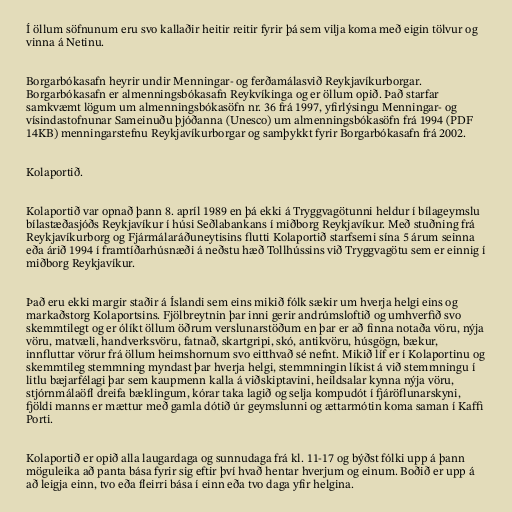
Í öllum söfnunum eru svo kallaðir heitir reitir fyrir þá sem vilja koma með eigin tölvur og
vinna á Netinu.

Borgarbókasafn heyrir undir Menningar- og ferðamálasvið Reykjavíkurborgar.
Borgarbókasafn er almenningsbókasafn Reykvíkinga og er öllum opið. Það starfar
samkvæmt lögum um almenningsbókasöfn nr. 36 frá 1997, yfirlýsingu Menningar- og
vísindastofnunar Sameinuðu þjóðanna (Unesco) um almenningsbókasöfn frá 1994 (PDF
14KB) menningarstefnu Reykjavíkurborgar og samþykkt fyrir Borgarbókasafn frá 2002.

Kolaportið.

Kolaportið var opnað þann 8. apríl 1989 en þá ekki á Tryggvagötunni heldur í bílageymslu
bílastæðasjóðs Reykjavíkur í húsi Seðlabankans í miðborg Reykjavíkur. Með stuðning frá
Reykjavíkurborg og Fjármálaráðuneytisins flutti Kolaportið starfsemi sína 5 árum seinna
eða árið 1994 í framtíðarhúsnæði á neðstu hæð Tollhússins við Tryggvagötu sem er einnig í
miðborg Reykjavíkur.

Það eru ekki margir staðir á Íslandi sem eins mikið fólk sækir um hverja helgi eins og
markaðstorg Kolaportsins. Fjölbreytnin þar inni gerir andrúmsloftið og umhverfið svo
skemmtilegt og er ólíkt öllum öðrum verslunarstöðum en þar er að finna notaða vöru, nýja
vöru, matvæli, handverksvöru, fatnað, skartgripi, skó, antikvöru, húsgögn, bækur,
innfluttar vörur frá öllum heimshornum svo eitthvað sé nefnt. Mikið líf er í Kolaportinu og
skemmtileg stemmning myndast þar hverja helgi, stemmningin líkist á við stemmningu í
litlu bæjarfélagi þar sem kaupmenn kalla á viðskiptavini, heildsalar kynna nýja vöru,
stjórnmálaöfl dreifa bæklingum, kórar taka lagið og selja kompudót í fjáröflunarskyni,
fjöldi manns er mættur með gamla dótið úr geymslunni og ættarmótin koma saman í Kaffi
Porti.

Kolaportið er opið alla laugardaga og sunnudaga frá kl. 11-17 og býðst fólki upp á þann
möguleika að panta bása fyrir sig eftir því hvað hentar hverjum og einum. Boðið er upp á
að leigja einn, tvo eða fleirri bása í einn eða tvo daga yfir helgina.